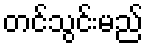
တင်သွင်းမည်